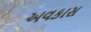
અવકાસ